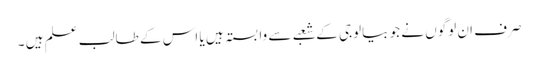
صرف ان لوگوں نے جو بیالوجی کے شعبے سے وابستہ ہیں یا اس کے طالب علم ہیں ۔